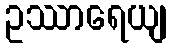
ဥဿာရေယျ